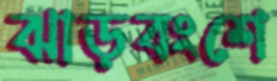
ঝাড়বংশে